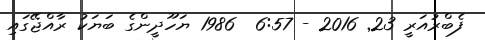
ފެބްރުއަރީ 23